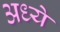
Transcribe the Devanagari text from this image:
अध्ये